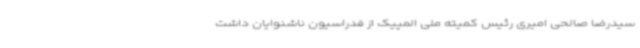
سیدرضا صالحی امیری رئیس کمیته ملی المپیک از فدراسیون ناشنوایان داشت